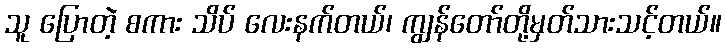
သူ ပြောတဲ့ စကား သိပ် လေးနက်တယ်၊ ကျွန်တော်တို့မှတ်သားသင့်တယ်။